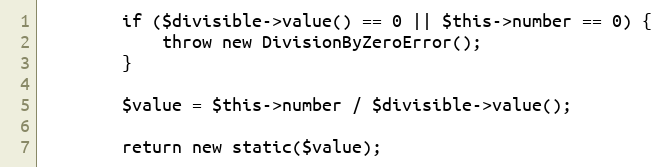
Language: PHP
        if ($divisible->value() == 0 || $this->number == 0) {
            throw new DivisionByZeroError();
        }

        $value = $this->number / $divisible->value();

        return new static($value);